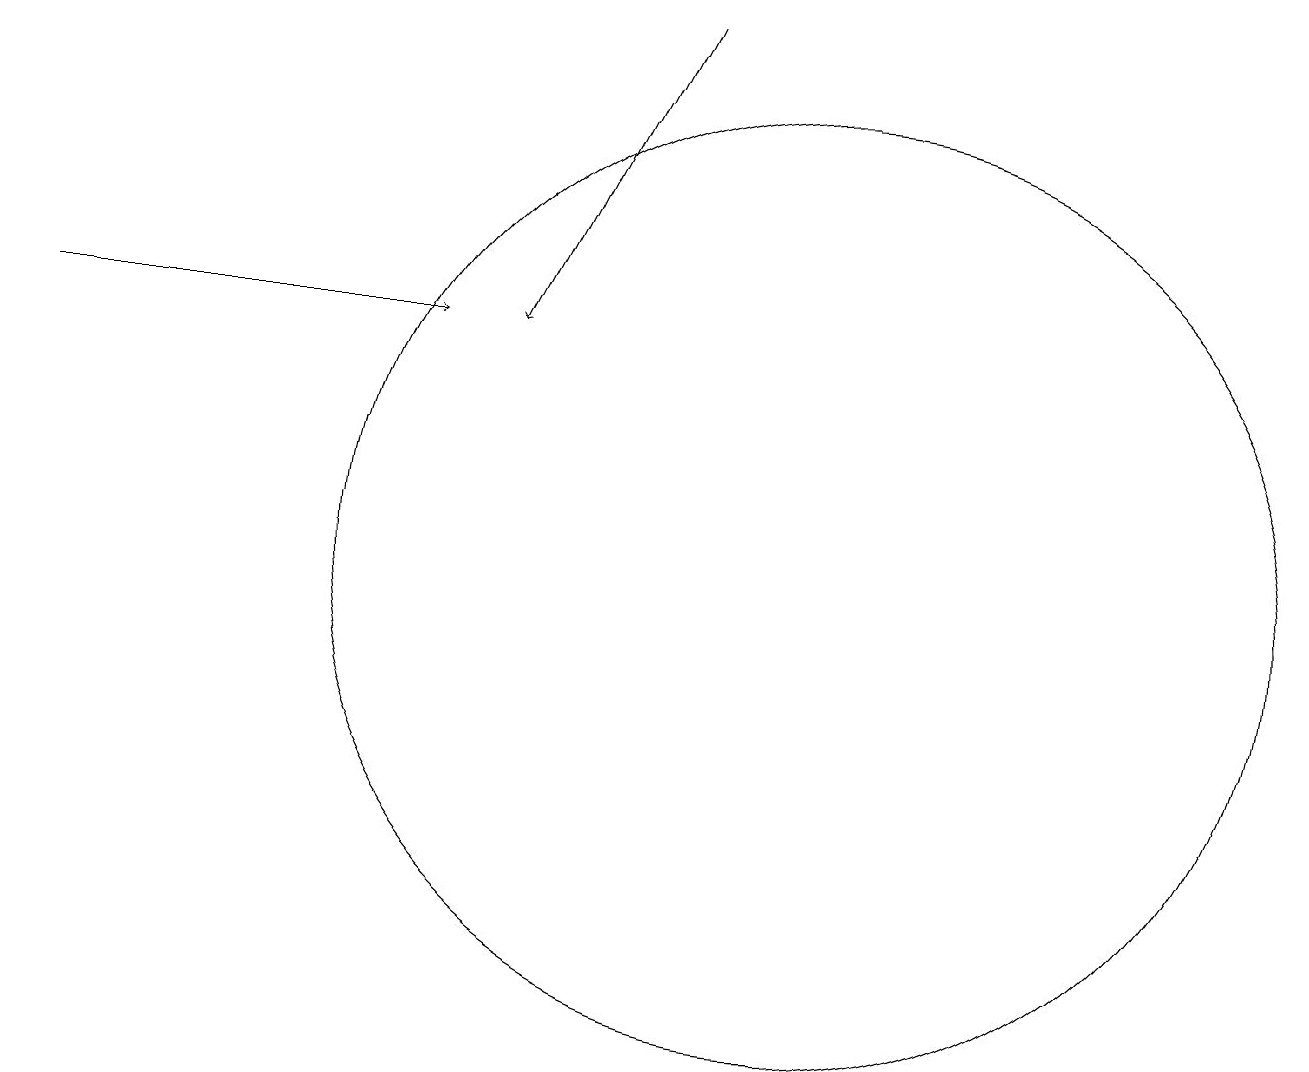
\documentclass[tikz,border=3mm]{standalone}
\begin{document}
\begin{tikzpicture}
\draw[->] (1,14) -- (6,14);
\draw[->] (9,18) -- (7,14);
\draw (11,11) circle (6);
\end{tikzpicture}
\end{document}